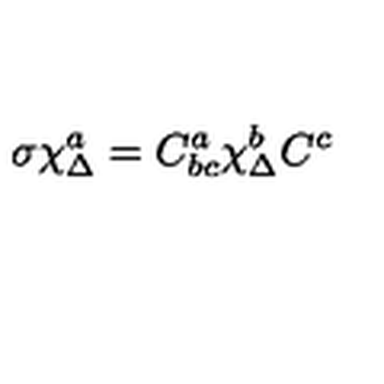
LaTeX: \sigma \chi _ { \Delta } ^ { a } = C _ { b c } ^ { a } \chi _ { \Delta } ^ { b } C ^ { c }